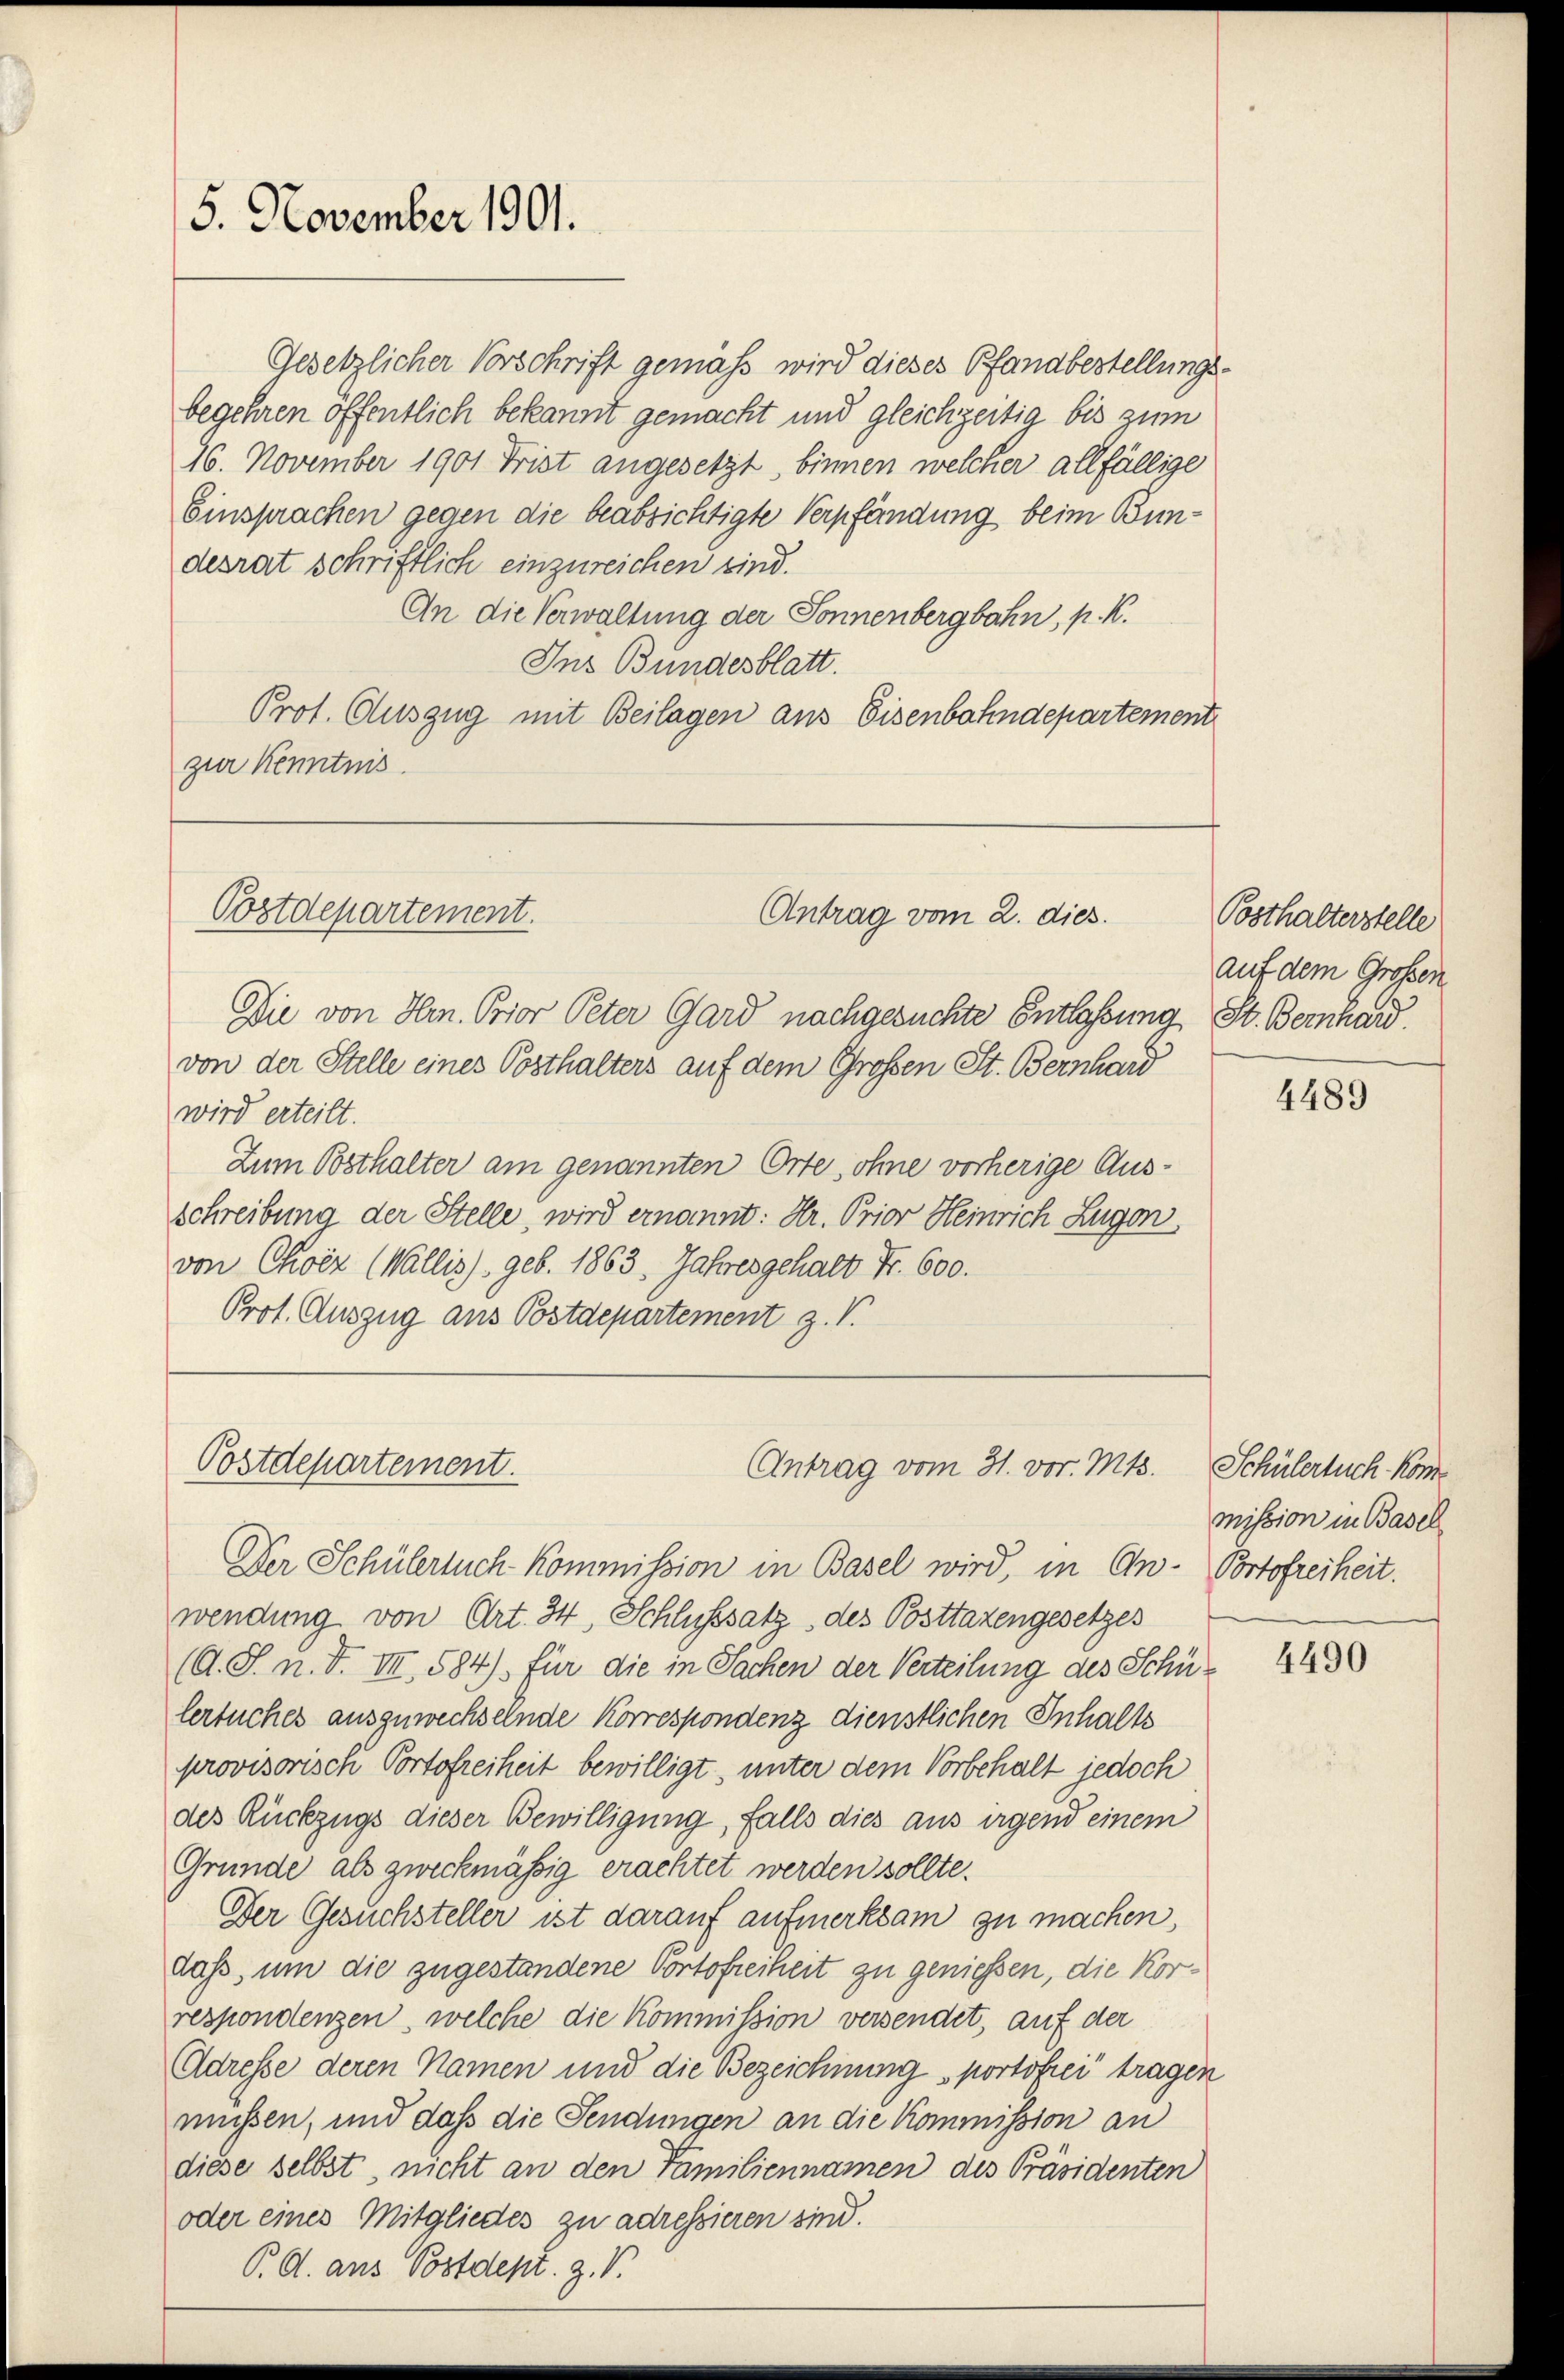
5. November 1901.

Gesetzlicher Vorschrift gemäß wird dieses Pfandbestellungsbegehren öffentlich bekannt gemacht und gleichzeitig bis zum
16. November 1901 Frist angesetzt, binnen welcher allfällige
Einsprachen gegen die beabsichtigte Verpfändung beim Bundesrat schriftlich einzureichen sind.
An die Verwaltung der Sonnenbergbahn, k. k.
Ins Bundesblatt.
Prot. Auszug mit Beilagen aus Eisenbahndepartement
zur Kenntnis.

Postdepartement.
Antrag vom 2. dies

Postdepartement.

Die von Hrn. Prior Peter Gard nachgesuchte Entlassung St. Bernhard.
von der Stelle eines Posthalters auf dem Großen St. Bernhard
wird erteilt.
Zum Posthalter am genannten Orte, ohne vorherige Ausschreibung der Stelle, wird ernannt: Hr. Prior Heinrich Zugen
von Choéz (Wallis) geb. 1863. Jahresgehalt Fr. 600.
Prot. Auszug aus Postdepartement z. V.

Antrag vom 31. vor. Mts.

Posthalterstelle
auf dem Großen

Der Schülerlich Kommission in Basel wird, in An- Portofreiheit.
wendung von Art. 34, Schlusssatz des Posttazengesetzes
(O. S. n. F. III, 584) für die in Sachen der Verteilung des Schülertuches auszuwechselnde Korrespondenz dienstlichen Inhalts
provisorisch Portofreiheit bewilligt, unter dem Vorbehalt jedoch
des Rückzugs dieser Bewilligung, falls dies aus irgend einem
Gründe als zweckmäßig erachtet werden sollte.
Der Gesuchsteller ist darauf aufmerksam zu machen,
daß, um die zugestandene Portofreiheit zu geniessen, die Korrespondenzen, welche die Kommission versendet, auf der
Adresse deren Namen und die Bezeichnung portofrei tragen
müssen, und daß die Sendungen an die Kommission an
diese selbst, nicht an den Familiennamen des Präsidenten
oder eines Mitgliedes zu adressieren sind.
P. A. aus Postdept. Z. V.

4489

Schülersuch kommission in Basel

4490